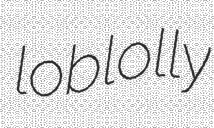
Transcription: loblolly